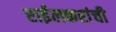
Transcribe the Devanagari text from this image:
राईलकरांची